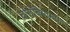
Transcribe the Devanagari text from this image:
वोरोबिएफफ